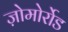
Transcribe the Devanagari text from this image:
ज़ोमोर्रोड